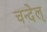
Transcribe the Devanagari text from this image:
चन्देल्